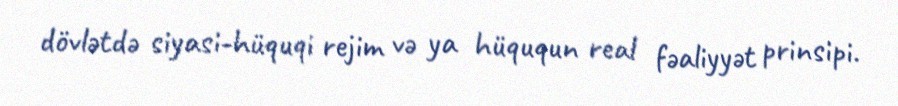
dövlətdə siyasi-hüquqi rejim və ya hüququn real fəaliyyət prinsipi.